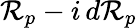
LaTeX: \mathcal{R}_{p}-i\, d\mathcal{R}_{p}